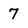
Character: 7